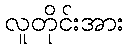
လူတိုင်းအား